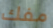
مفك